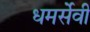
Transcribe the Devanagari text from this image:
धमर्सेवी